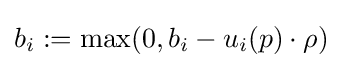
b_{i}:=\max(0,b_{i}-u_{i}(p)\cdot \rho )